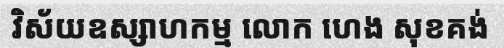
វិស័យឧស្សាហកម្ម លោក ហេង សុខគង់